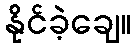
နိုင်ခဲ့ချေ။